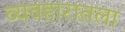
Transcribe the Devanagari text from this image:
व्यवहारातला